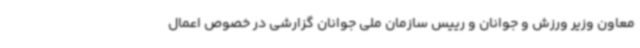
معاون وزیر ورزش و جوانان و رییس سازمان ملی جوانان گزارشی در خصوص اعمال